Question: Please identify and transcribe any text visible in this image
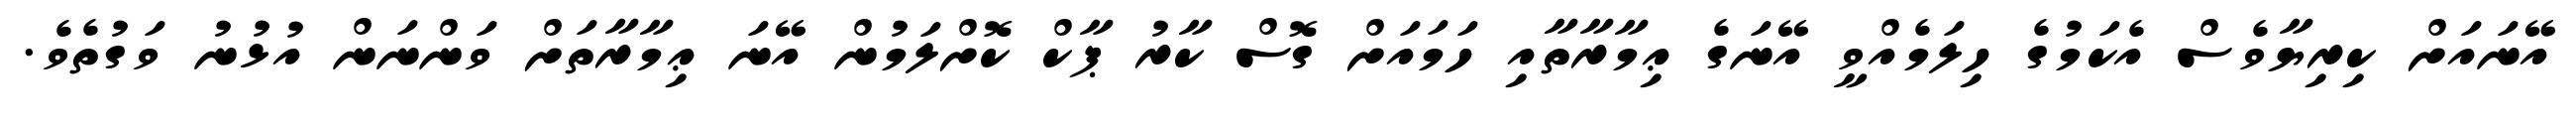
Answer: އޭނައަށް ކިރިޔާވެސް އެކަމުގެ ހިލަމެއްވީ އޭނަގެ ޢިމާރާތާއި ހަމައަށް ގޮސް ކާރު ޕާކް ކޮށްލަމުން އޭނަ ޢިމާރާތަށް ވަންނަން އުޅުނު ވަގުތެވެ.